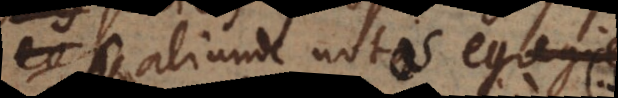
aliunde notos egregie